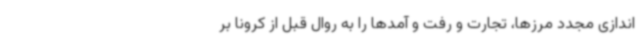
اندازی مجدد مرزها، تجارت و رفت و آمدها را به روال قبل از کرونا بر